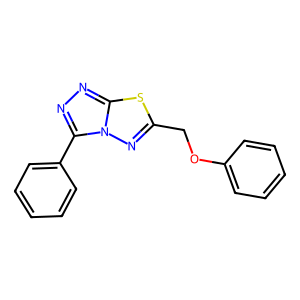
SMILES: c1ccc(OCc2nn3c(-c4ccccc4)nnc3s2)cc1
Inhibits HIV replication: No